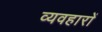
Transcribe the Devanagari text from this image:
व्यवहाराें